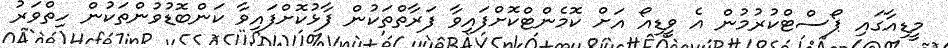
މީޑިއާގައި ޕޯސްޓްކުރުމުން އެ ވީޑިއޯ އަށް ކޮމެންޓްކޮށްފައިވާ ފަރާތްތަކުން ފާޅުކޮށްފައިވާ ކަންބޮޑުވުންތަކުން ހިތްވަރު